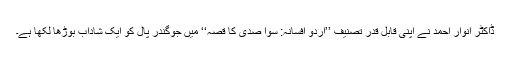
ڈاکٹر انوار احمد نے اپنی قابل قدر تصنیف ’’اردو افسانہ: سوا صدی کا قصہ‘‘ میں جوگندر پال کو ایک شاداب بوڑھا لکھا ہے۔